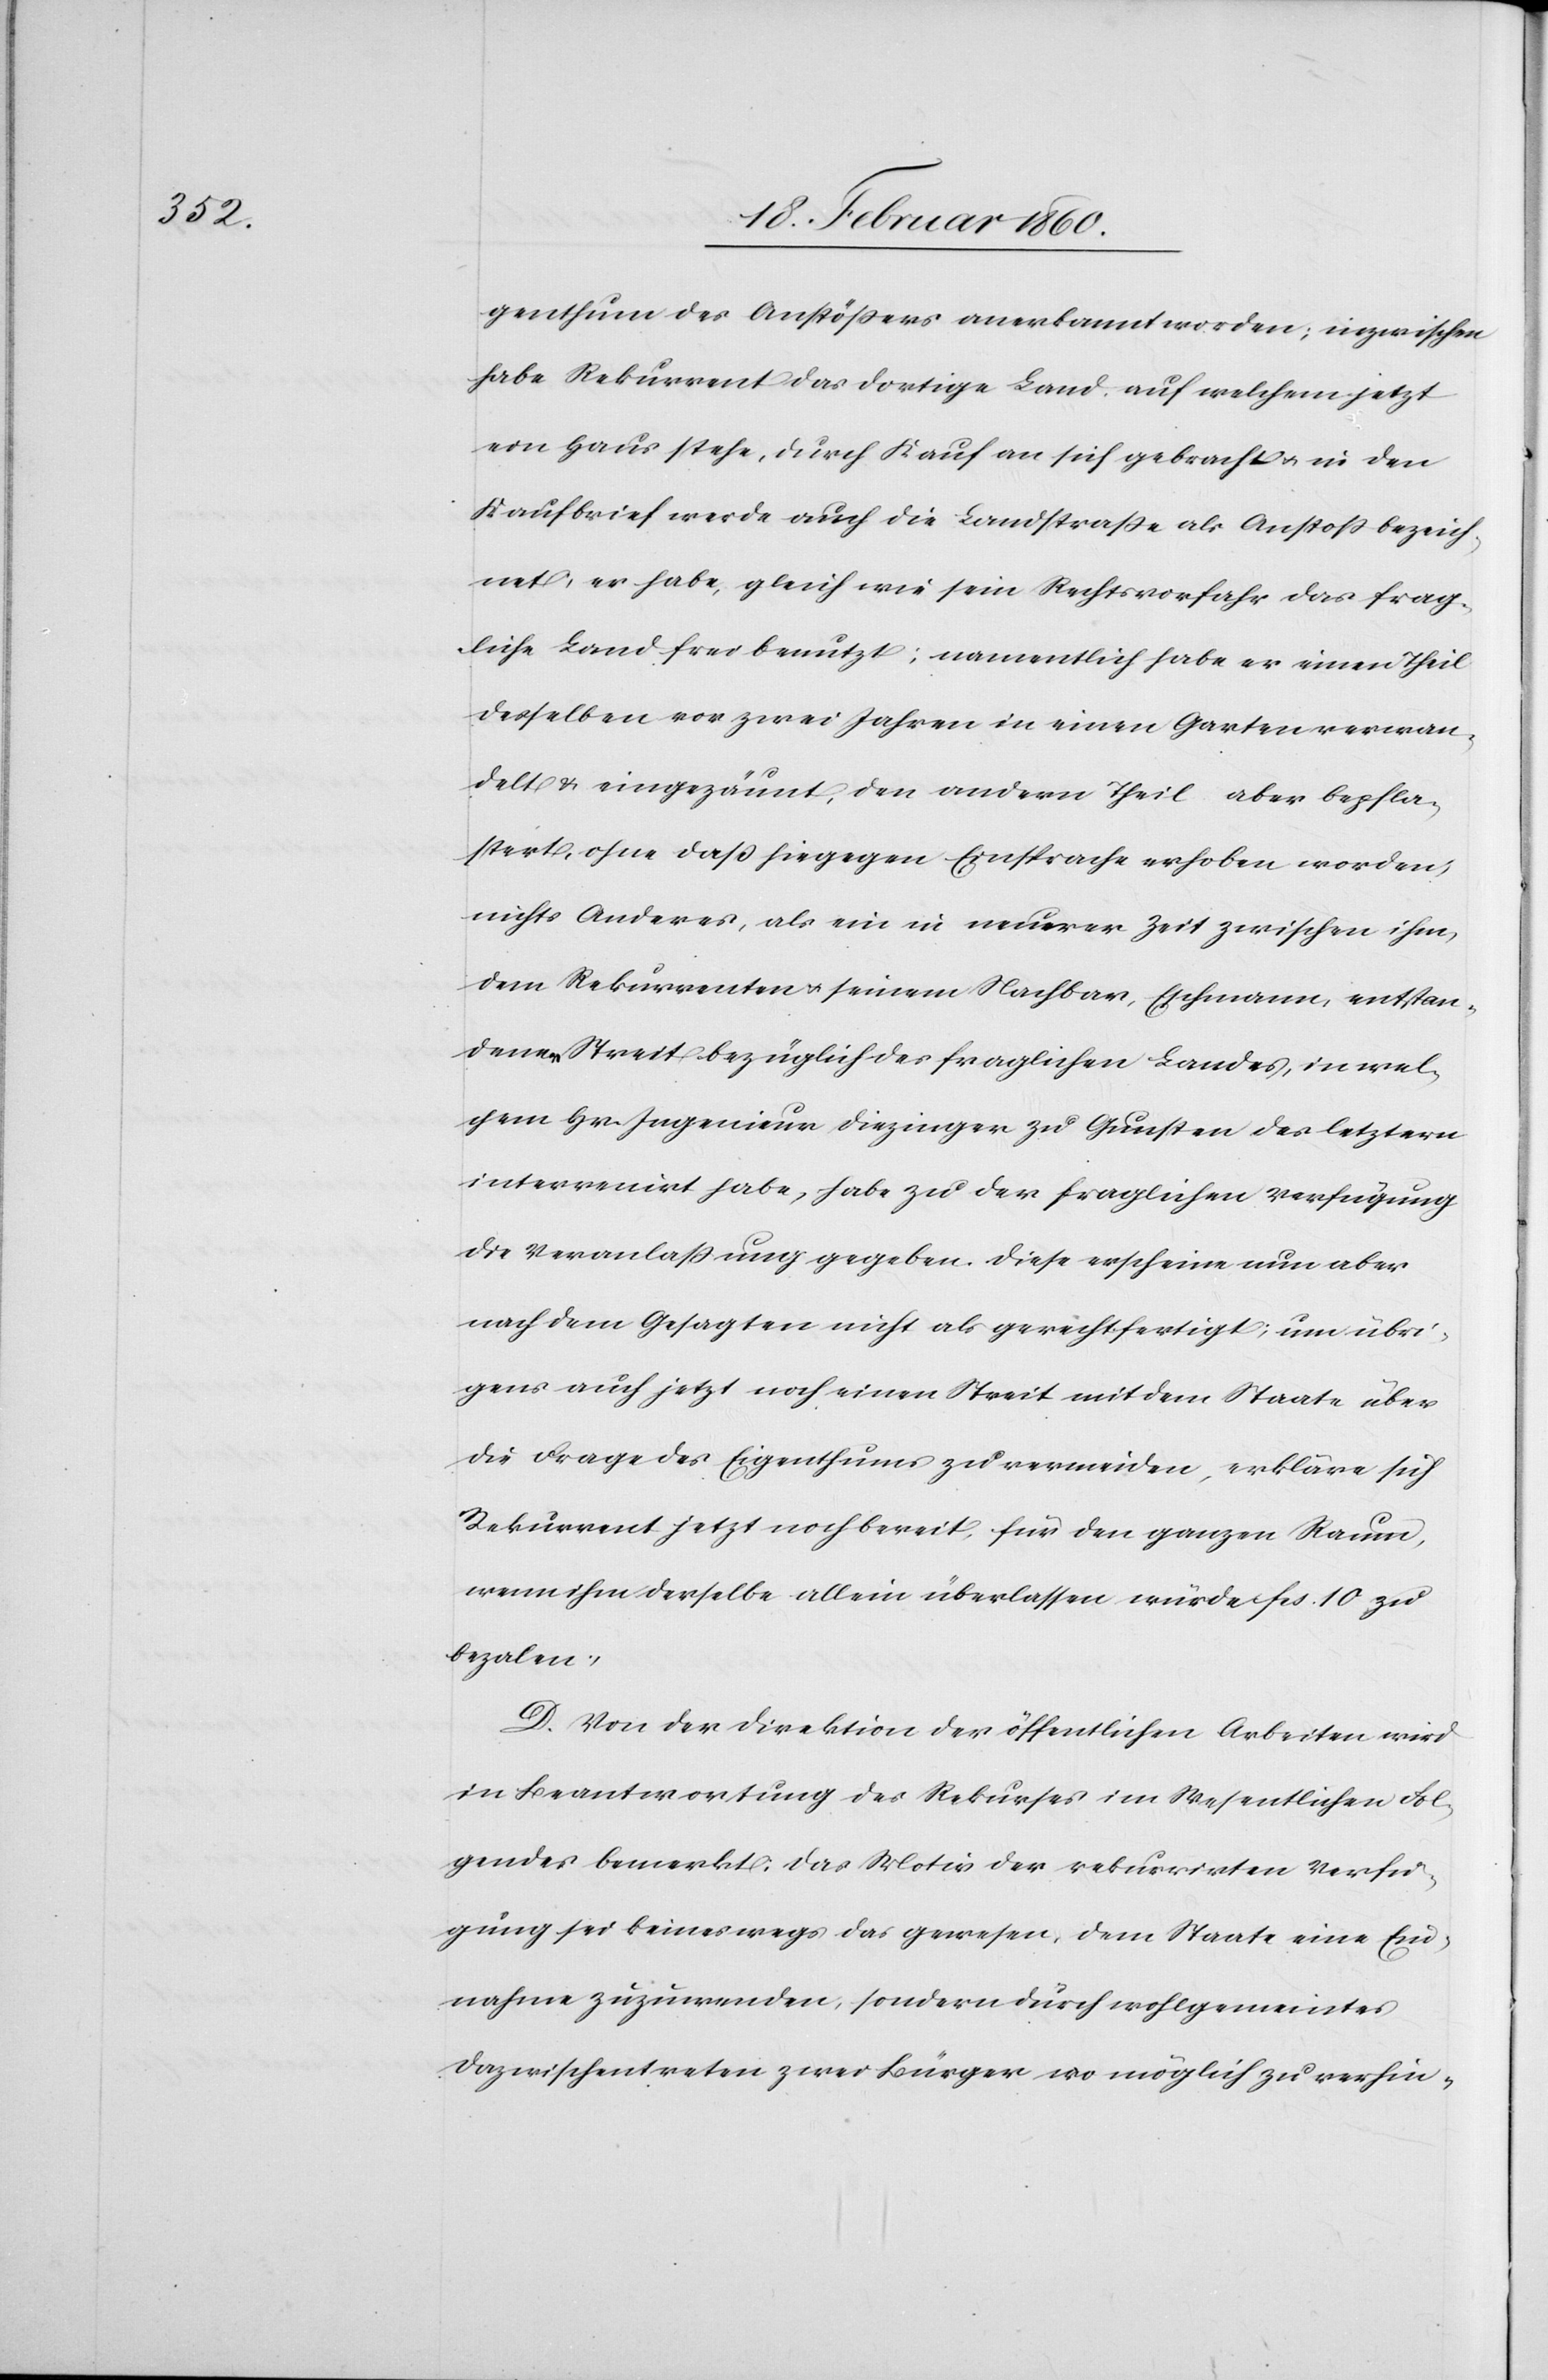
genthum des Anstößers anerkannt worden; inzwischen
habe Rekurrent das dortige Land, auf welchem jetzt
ein Haus stehe, durch Kauf an sich gebracht u. in dem
Kaufbrief werde auch die Landstrasse als Anstoss bezeich¬
net, er habe, gleich wie sein Rechtsvorfahr das frag¬
liche Land frei benutzt; namentlich habe er einen Theil
desselben vor zwei Jahren in einen Garten verwan¬
delt u. eingezäumt, den andern Theil aber bepfla¬
stert, ohne dass hingegen Einsprache erhoben worden,
nichts anderes, als ein in neuerer Zeit zwischen ihm,
dem Rekurrenten u. seinem Nachbar, Eschmann, entstan¬
denen Streit bezüglich des fraglichen Landes, in wel¬
chem Hr. Ingenieur Diezinger zu Gunsten des letztern
intervenirt habe, habe zu der fraglichen Verfügung
die Veranlassung gegeben. Diese erscheine nun aber
nach dem Gesagten nicht als gerechtfertigt, um übri¬
gens auch jetzt noch einen Streit mit dem Staate über
die Frage des Eigenthums zu vermeiden, erkläre sich
Rekurrent jetzt noch bereit, für den ganzen Raum,
wenn ihm derselbe allein überlassen würde fcs. 10 zu
bezahlen.
D. Von der Direktion der öffentlichen Arbeiten wird
in Beantwortung des Rekurses im Wesentlichen Fol¬
gendes bemerkt. Das Motiv der rekurirten Verfü¬
gung sei keineswegs das gewesen, dem Staate eine Ein¬
nahme zuzuwenden, sondern durch wohlgemeintes
Dazwischentreten zwei Bürger wo möglich zu verhin-